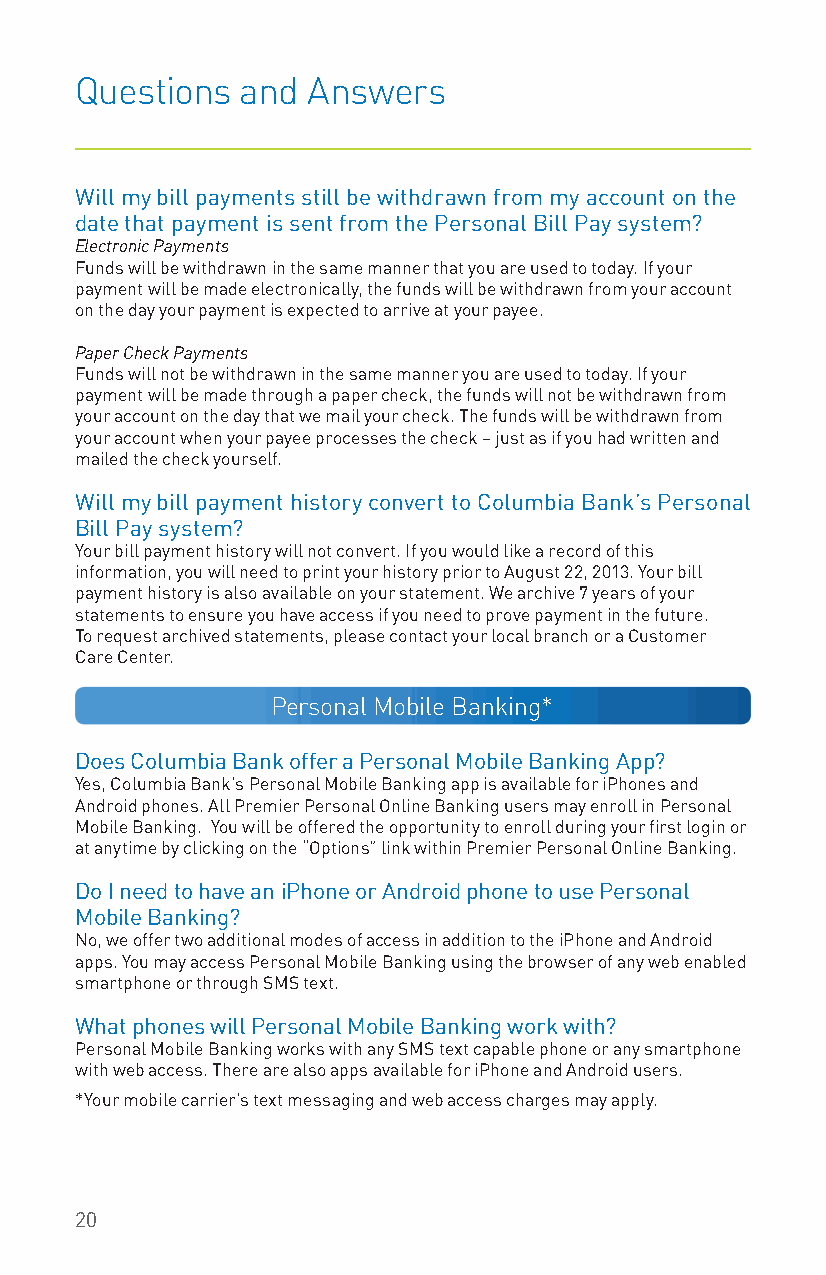
Questions  and Answers
 Will my bill payments still be withdrawn from my account on the
 date that payment is sent from the Personal Bill Pay system?
 Electronic Payments
 Funds will be withdrawn in the same manner that you are used to today. If your
 payment will be made electronically, the funds will be withdrawn from your account
 on the day your payment is expected to arrive at your payee.
 Paper Check Payments
 Funds will not be withdrawn in the same manner you are used to today. If your
 payment will be made through a paper check, the funds will not be withdrawn from
 your account on the day that we mail your check. The funds will be withdrawn from
 your account when your payee processes the check – just as if you had written and
 mailed the check yourself.
 Will my bill payment history convert to Columbia Bank’s Personal
 Bill Pay system?
 Your bill payment history will not convert. If you would like a record of this
 information, you will need to print your history prior to August 22, 2013. Your bill
 payment history is also available on your statement. We archive 7 years of your
 statements to ensure you have access if you need to prove payment in the future.
 To request archived statements, please contact your local branch or a Customer
 Care Center.
 Personal Mobile Banking*
 Does Columbia Bank offer a Personal Mobile Banking App?
 Yes, Columbia Bank’s Personal Mobile Banking app is available for iPhones and
 Android phones. All Premier Personal Online Banking users may enroll in Personal
 Mobile Banking. You will be offered the opportunity to enroll during your first login or
 at anytime by clicking on the “Options” link within Premier Personal Online Banking.
 Do I need to have an iPhone or Android phone to use Personal
 Mobile Banking?
 No, we offer two additional modes of access in addition to the iPhone and Android
 apps. You may access Personal Mobile Banking using the browser of any web enabled
 smartphone or through SMS text.
 What phones will Personal Mobile Banking work with?
 Personal Mobile Banking works with any SMS text capable phone or any smartphone
 with web access. There are also apps available for iPhone and Android users.
 *Your mobile carrier’s text messaging and web access charges may apply.
 20